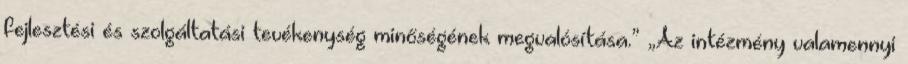
fejlesztési és szolgáltatási tevékenység minőségének megvalósítása.” „Az intézmény valamennyi